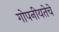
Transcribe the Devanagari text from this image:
गोपनीयतेचे